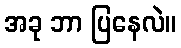
အခု ဘာ ပြနေလဲ။